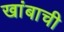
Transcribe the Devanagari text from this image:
खांबाची